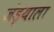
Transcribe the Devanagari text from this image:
जंड्याला